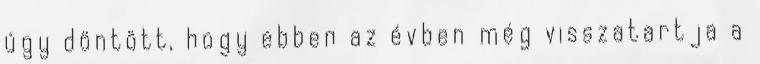
úgy döntött, hogy ebben az évben még visszatartja a